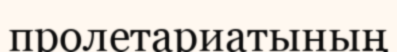
пролетариатының